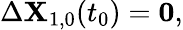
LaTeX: \begin{array}{r}{\Delta\mathbf{X}_{1,0}(t_{0})=\mathbf{0},}\end{array}